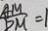
\frac { A M } { D M } = 1